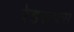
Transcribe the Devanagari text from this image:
रेडरूफ़्स